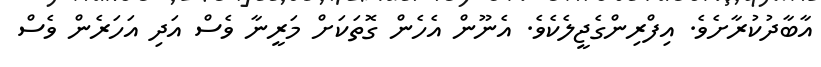
އާބާދުކުރާށެވެ. އިފްރިންގެޖީލެކެވެ. އެނޫން އެހެން ގޮތަކަށް މަރީނާ ވެސް އަދި އަހަރެން ވެސް